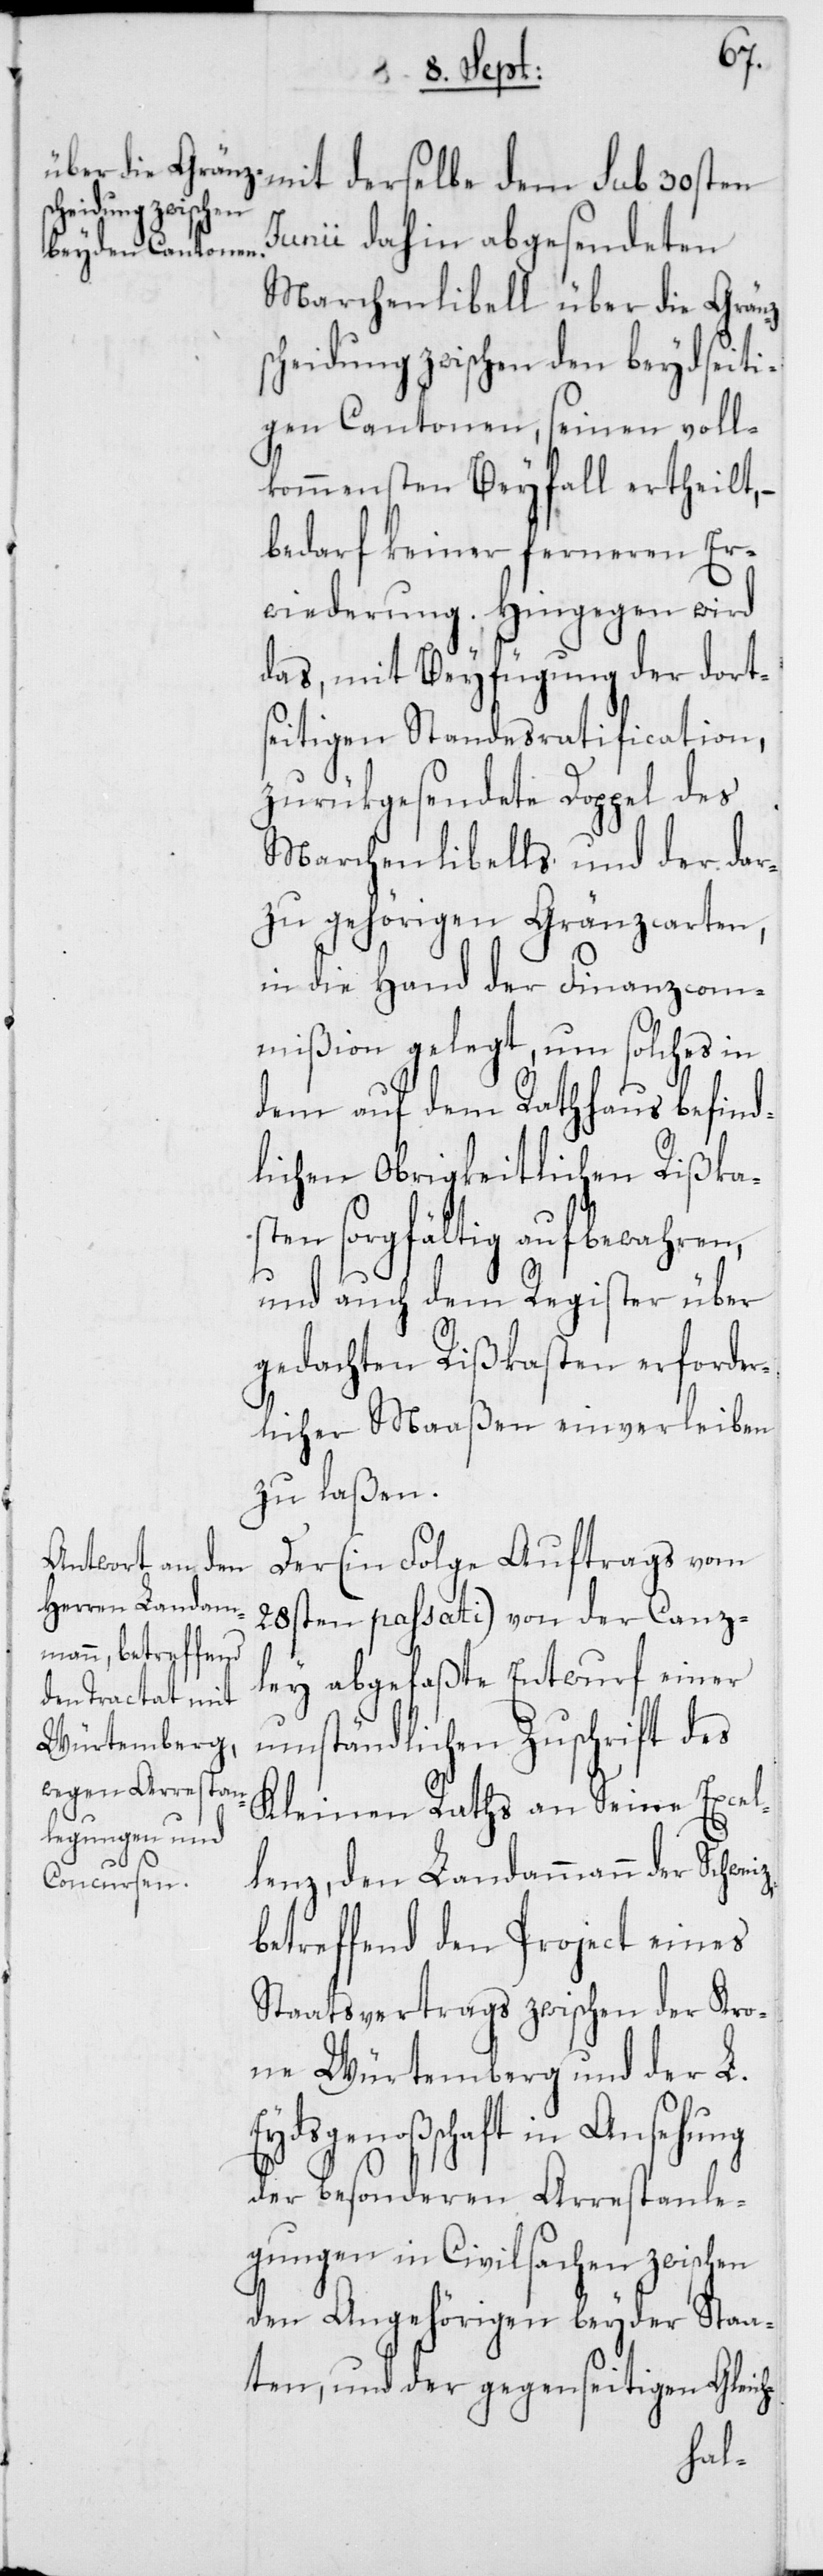
iz,
mit derselbe dem sub 30sten
Junii dahin abgesendeten
Marchenlibell über die Gränz¬
scheidung zwischen den beydseiti¬
gen Cantonen, seinen voll¬
kommensten Beyfall ertheilt, –
bedarf keiner ferneren Er¬
wiederung. Hingegen wird
das, mit Beyfügung der dorts¬
eitigen Standesratification,
zurükgesendete Doppel des
Marchenlibells und der dar¬
zu gehörigen Gränzcarten,
in die Hand der Finanzcom¬
mißion gelegt, um solches in
dem auf dem Rathhaus befind¬
lichen Obrigkeitlichen Rißka¬
sten sorgfältig aufbewahren,
und auch dem Register über
gedachten Rißkasten erforder¬
licher Maßen einverleiben
zu laßen.
Der (in Folge Auftrags vom
28sten passati) von der Canz¬
ley abgefaßte Entwurf einer
umständlichen Zuschrift des
Kleinen Raths an Seine Excel¬
lenz, den Landammann der Schwe¬
betreffend den Project eines
Staatsvertrags zwischen der Kro¬
ne Würtemberg und der L.
Eydsgenoßschaft in Ansehung
der besonderen Arrestanle¬
gungen in Civilsachen zwischen
den Angehörigen beyder Staa¬
ten, und der gegenseitigen Gleich-